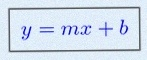
y=mx+b